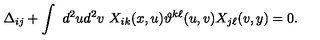
\Delta _ { i j } + \int \ d ^ { 2 } u d ^ { 2 } v \ X _ { i k } ( x , u ) \vartheta ^ { k \ell } ( u , v ) X _ { j \ell } ( v , y ) = 0 .